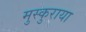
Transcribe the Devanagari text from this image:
मुस्कुराया